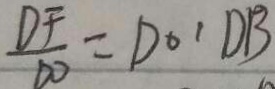
\frac { D F } { D O } = D O ^ { \prime } D B